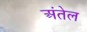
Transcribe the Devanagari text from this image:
अंतेल